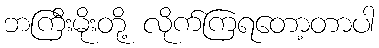
ဘကြီးမိုးတို့ လိုက်ကြရတော့တာပါ